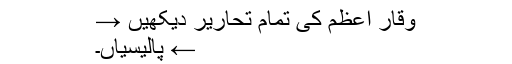
وقار اعظم کی تمام تحاریر دیکھیں →
← پالیسیاں۔